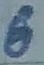
Text: 6